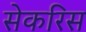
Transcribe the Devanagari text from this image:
सेकरिस